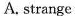
A. strange